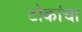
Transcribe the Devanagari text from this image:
टोकांचा